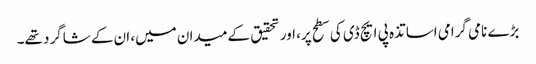
بڑے نامی گرامی اساتذہ پی ایچ ڈی کی سطح پر، اور تحقیق کے میدان میں، ان کے شاگرد تھے۔